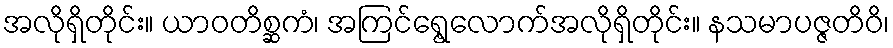
အလိုရှိတိုင်း။ ယာဝတိစ္ဆကံ၊ အကြင်ရွေ့လောက်အလိုရှိတိုင်း။ နသမာပဇ္ဇတိဝိ၊